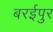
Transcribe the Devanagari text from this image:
बरईपुर